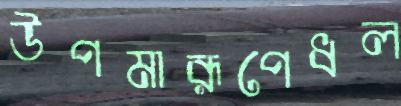
উপমারূপেধল